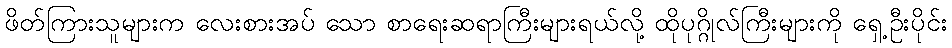
ဖိတ်ကြားသူများက လေးစားအပ် သော စာရေးဆရာကြီးများရယ်လို့ ထိုပုဂ္ဂိုလ်ကြီးများကို ရှေ့ဦးပိုင်း